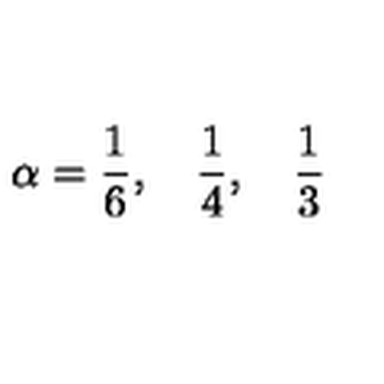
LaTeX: \alpha = \frac { 1 } { 6 } , \quad \frac { 1 } { 4 } , \quad \frac { 1 } { 3 }